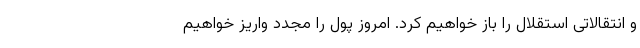
و انتقالاتی استقلال را باز خواهیم کرد. امروز پول را مجدد واریز خواهیم